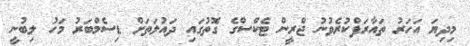
މިދިޔަ އަހަރު ތައާރަފްކުރެވުނު ޖްރީން ޓެކްސްގެ ގޮތުގައި ދައުލަތަށް ޑިސެމްބަރު މަހު ލިބުނީ